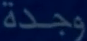
وجدة